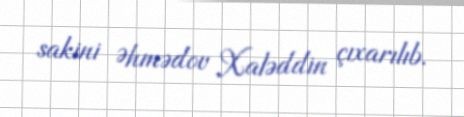
sakini Əhmədov Xaləddin çıxarılıb.